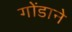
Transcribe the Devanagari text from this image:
गोंडाने